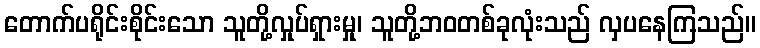
တောက်ပရိုင်းစိုင်းသော သူတို့လှုပ်ရှားမှု၊ သူတို့ဘဝတစ်ခုလုံးသည် လှပနေကြသည်။